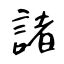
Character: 諸